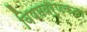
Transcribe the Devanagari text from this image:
विषमवर्णकता